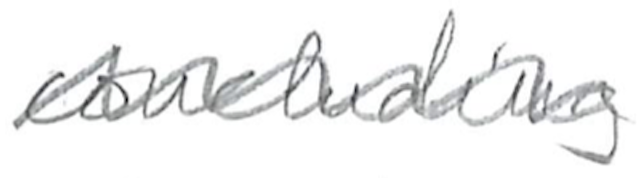
Text: concluding
Cross-out: wave
Writing tool: pencil